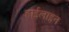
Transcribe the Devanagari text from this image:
हाईलाइन